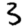
Digit: 3